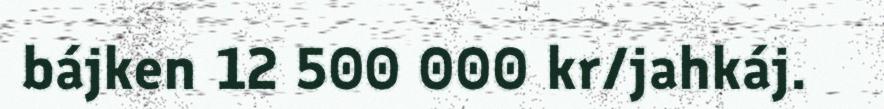
bájken 12 500 000 kr/jahkáj.